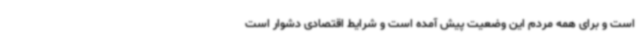
است و برای همه مردم این وضعیت پیش آمده است و شرایط اقتصادی دشوار است